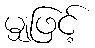
မျှဖြင့်